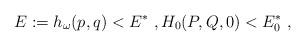
LaTeX: \begin{align*}E:=h_{\omega}(p,q)<E^*\ ,H_0(P,Q,0)<E_0^*\ ,\end{align*}